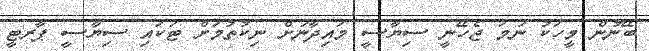
ބޭނުން މީހަކު ނަމަ ޖެހޭނީ ސިޔާސީ މަައިދާނަށް ނިކުތުމަށް ޓަކައި ސިޔާސީ ޕާރޓީ